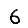
Digit: 6